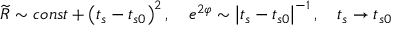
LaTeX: \widetilde { R } \sim c o n s t + \left( t _ { s } - t _ { s 0 } \right) ^ { 2 } , \quad e ^ { 2 \varphi } \sim \left| t _ { s } - t _ { s 0 } \right| ^ { - 1 } , \quad t _ { s } \rightarrow t _ { s 0 }